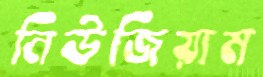
নিউজিয়াম